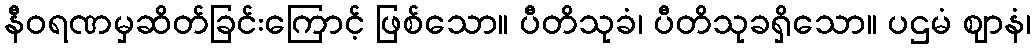
နီဝရဏမှဆိတ်ခြင်းကြောင့် ဖြစ်သော။ ပီတိသုခံ၊ ပီတိသုခရှိသော။ ပဌမံ ဈာနံ၊